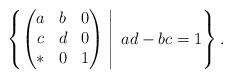
LaTeX: \begin{align*}\left. \left\{ \begin{pmatrix} a & b & 0 \\ c & d & 0 \\ * & 0 & 1 \end{pmatrix} \; \right| \; ad -bc =1 \right\}.\end{align*}